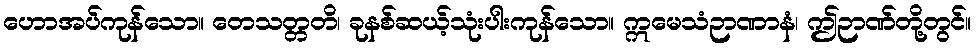
ဟောအပ်ကုန်သော။ တေသတ္တတိ၊ ခုနစ်ဆယ့်သုံးပါးကုန်သော။ ဣမေသံဉာဏာနံ၊ ဤဉာဏ်တို့တွင်။